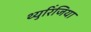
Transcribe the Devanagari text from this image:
थ्युरिंजिया